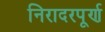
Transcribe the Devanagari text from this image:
निरादरपूर्ण